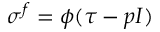
\boldsymbol { \sigma } ^ { f } = \phi ( \boldsymbol { \tau } - p \boldsymbol { I } )